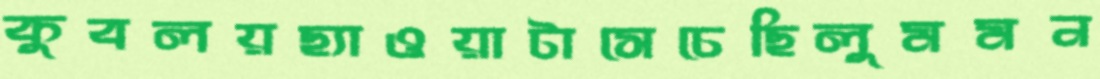
কুবলয়ছ্যাওয়াটাসেচেছিলুমমন